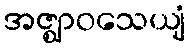
အဇ္ဈာဝသေယျံ